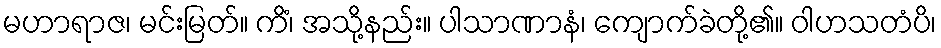
မဟာရာဇ၊ မင်းမြတ်။ ကိံ၊ အသို့နည်း။ ပါသာဏာနံ၊ ကျောက်ခဲတို့၏။ ဝါဟသတံပိ၊